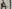
Text: A1